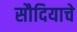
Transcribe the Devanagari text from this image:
सौदियाचे